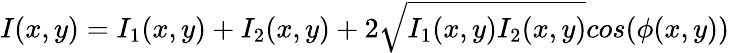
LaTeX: I(x,y)=I_{1}(x,y)+I_{2}(x,y)+2\sqrt{I_{1}(x,y)I_{2}(x,y)}cos({\phi}(x,y))